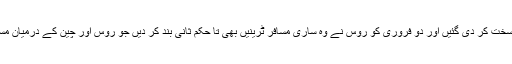
پہلا کیس سامنے آیا تو تدابیر مزید سخت کر دی گئیں اور دو فروری کو روس نے وہ ساری مسافر ٹرینیں بھی تا حکم ثانی بند کر دیں جو روس اور چین کے درمیان مسافروں کی آمدورفت کا ذریعہ تھیں۔